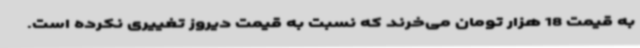
به قیمت 18 هزار تومان می‌خرند که نسبت به قیمت دیروز تغییری نکرده است.